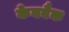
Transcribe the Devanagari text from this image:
केनबैक